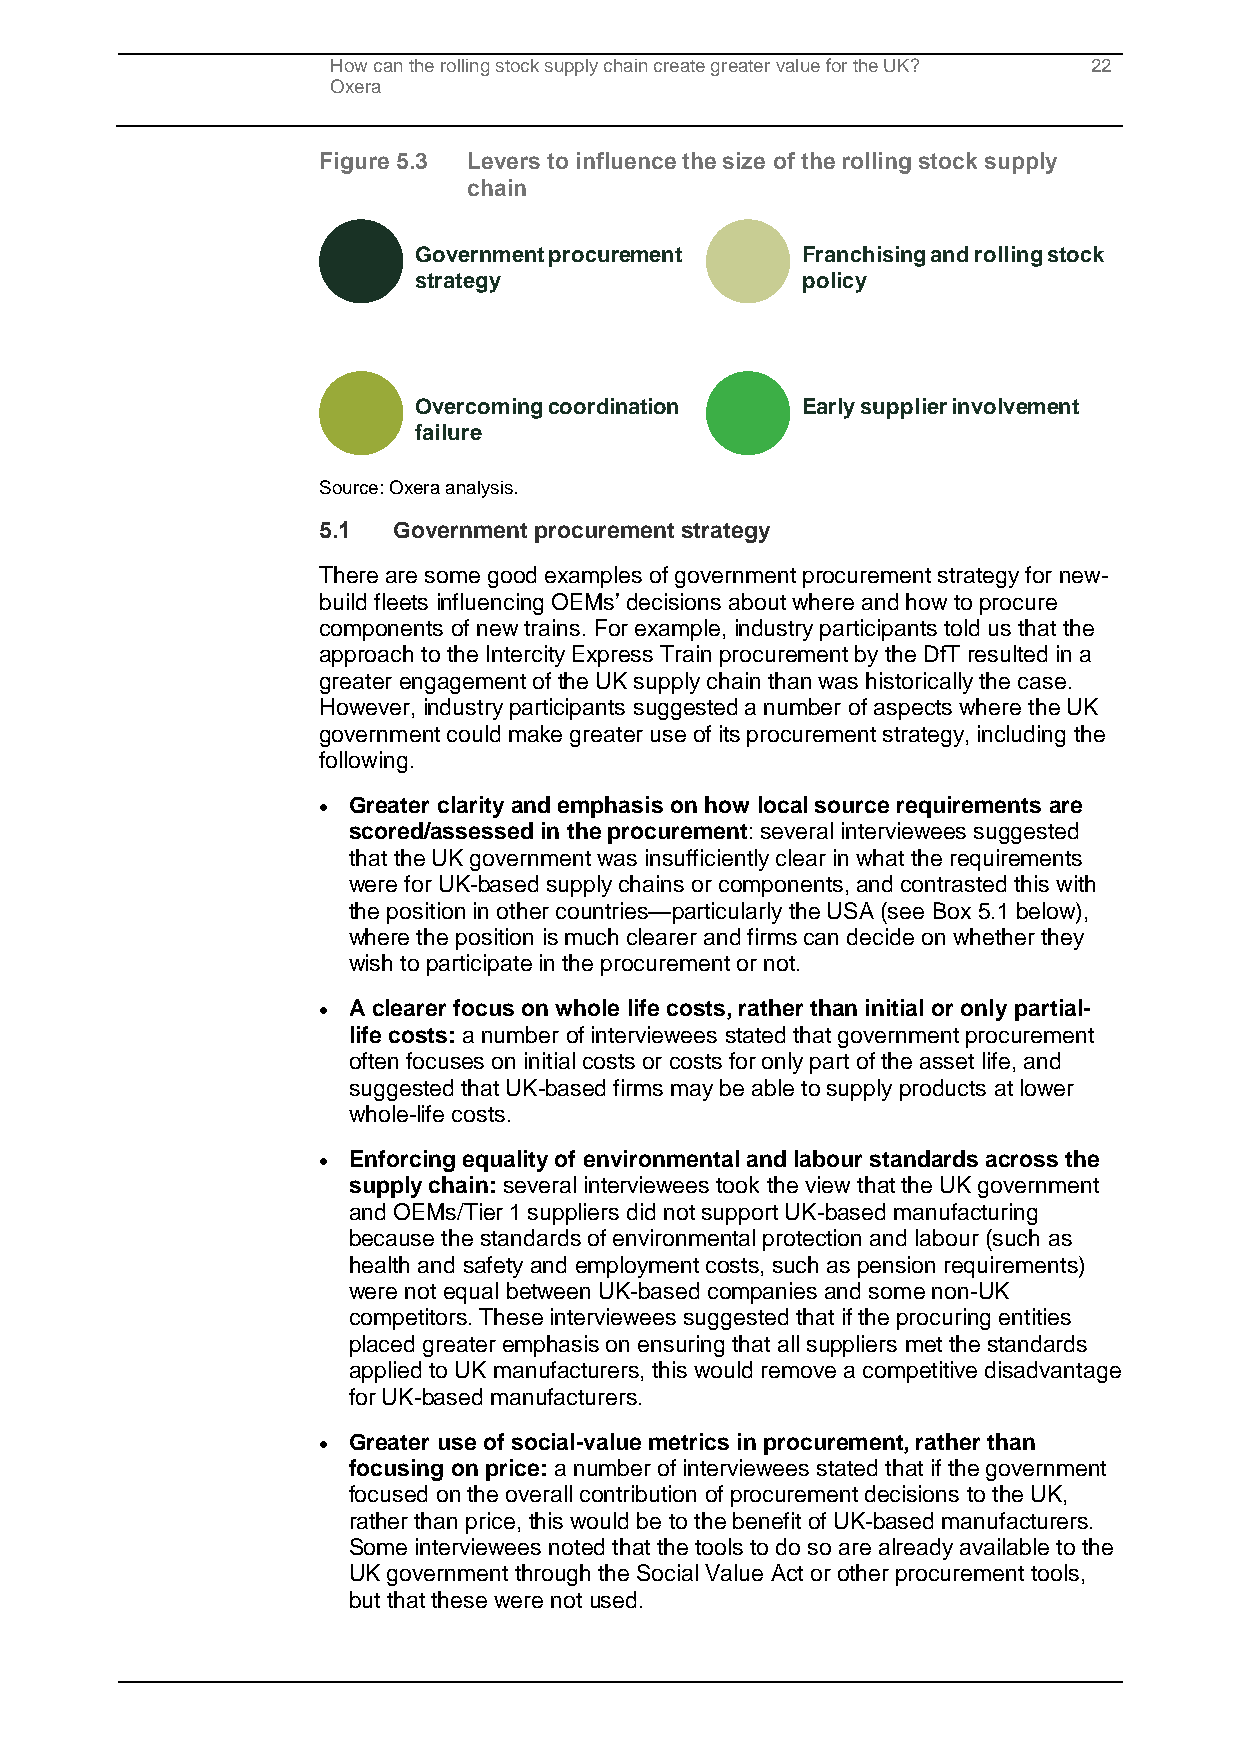
How can the rolling stock supply chain create greater value for the UK? 22
 Oxera
 Figure 5.3 Levers to influence the size of the rolling stock supply
 chain
 Government procurement    Franchising and rolling stock
 strategy                  policy
 Overcoming coordination   Early supplier involvement
 failure
 Source: Oxera analysis.
 5.1  Government procurement strategy
 There are some good examples of government procurement strategy for new-
 build fleets influencing OEMs’ decisions about where and how to procure
 components of new trains. For example, industry participants told us that the
 approach to the Intercity Express Train procurement by the DfT resulted in a
 greater engagement of the UK supply chain than was historically the case.
 However, industry participants suggested a number of aspects where the UK
 government could make greater use of its procurement strategy, including the
 following.
 • Greater clarity and emphasis on how local source requirements are
 scored/assessed in the procurement: several interviewees suggested
 that the UK government was insufficiently clear in what the requirements
 were for UK-based supply chains or components, and contrasted this with
 the position in other countries—particularly the USA (see Box 5.1 below),
 where the position is much clearer and firms can decide on whether they
 wish to participate in the procurement or not.
 • A clearer focus on whole life costs, rather than initial or only partial-
 life costs: a number of interviewees stated that government procurement
 often focuses on initial costs or costs for only part of the asset life, and
 suggested that UK-based firms may be able to supply products at lower
 whole-life costs.
 • Enforcing equality of environmental and labour standards across the
 supply chain: several interviewees took the view that the UK government
 and OEMs/Tier 1 suppliers did not support UK-based manufacturing
 because the standards of environmental protection and labour (such as
 health and safety and employment costs, such as pension requirements)
 were not equal between UK-based companies and some non-UK
 competitors. These interviewees suggested that if the procuring entities
 placed greater emphasis on ensuring that all suppliers met the standards
 applied to UK manufacturers, this would remove a competitive disadvantage
 for UK-based manufacturers.
 • Greater use of social-value metrics in procurement, rather than
 focusing on price: a number of interviewees stated that if the government
 focused on the overall contribution of procurement decisions to the UK,
 rather than price, this would be to the benefit of UK-based manufacturers.
 Some interviewees noted that the tools to do so are already available to the
 UK government through the Social Value Act or other procurement tools,
 but that these were not used.